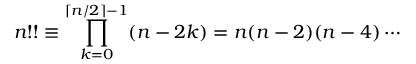
n ! ! \equiv \prod _ { k = 0 } ^ { \lceil n / 2 \rceil - 1 } ( n - 2 k ) = n ( n - 2 ) ( n - 4 ) \cdots